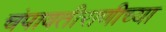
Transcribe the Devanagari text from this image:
चंपावतीराणीच्या